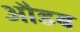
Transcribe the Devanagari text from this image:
औडब